Plague in India, 1896, 1897 - Volume 2
Year: 1896
Disease focus: Plague
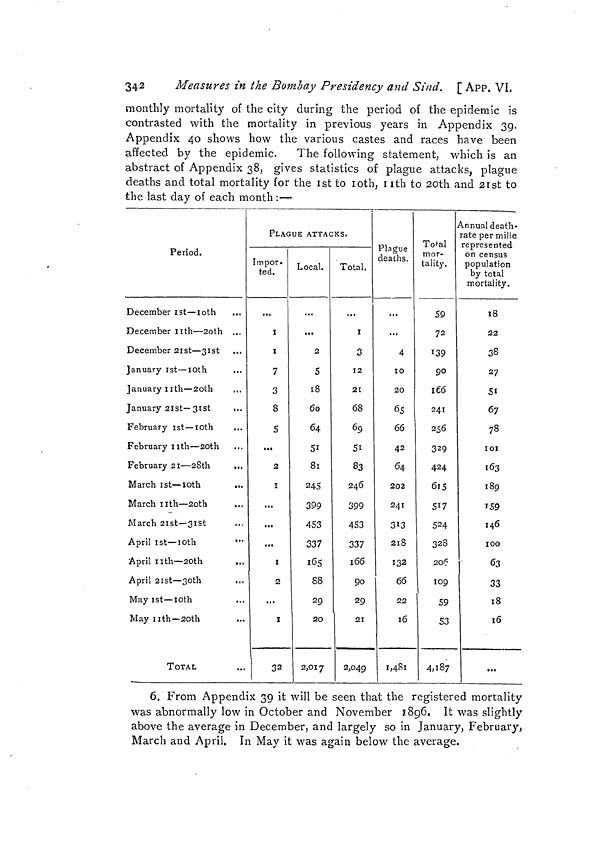
342
Measures in the Bombay Presidency and Sind. [ APP. VI.
monthly mortality of the city during the period of the epidemic is
contrasted with the mortality in previous years in Appendix 39.
Appendix 40 shows how the various castes and races have been
affected by the epidemic. The following statement, which is an
abstract of Appendix 38, gives statistics of plague attacks, plague
deaths and total mortality for the 1st to 10th, 11th to 20th and 21st to
the last clay of each month :—
Period.
December 1st —10oth
December 11th — 20th ...
December 21st — 31st
January 1st —10th
January 11th — 20th
...
January 21st— 31st ...
February 1st— 10th
February 11th — 20th
February 21 — 28th
...
March 1st— 10st
March 11th — 20th
March 21st— 31st
April 1st —10th
•
April 11th— 20th
April 21st — 30th
May 1st— 10th
May 11th— 20th
TOTAL
PLAGUE ATTACKS.
Impor.
ted.
...
1
1
7
3
8
5
,.,
2
I
...
...
...
I
2
...
X
32
Local.
...
...
2
5
18
60
64
51
81
245
399
453
337
165
88
29
20
2,017
Total.
...
I
3
12
21
68
69
51
83
246
399
453
337
1 66
90
29
21
2,049
Plague
deaths.
...
...
4
IO
20
65
66
42
64
202
241
313
218
132
66
22
16
I,48l
Total
mor-
tality.
59
72
139
9°1
66
241
256
329
424
615
517
524
328
206
109
59
S3
4,187
\nnual death-
rate per mille
represented
on census
population
by total
mortality.
18
22
38
27
51
67
78
I 01
163
189
159
146
1OO
63
33
18
16
...
6. From Appendix 39 it will be seen that the registered mortality
was abnormally low in October and November 1896. It was slightly
above the average in December, and largely so in January, February,
March and April. In May it was again below the average.